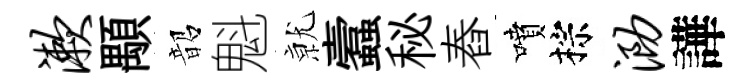
漱顒韶魁𭕒蠧秘舂噴棕泐譁